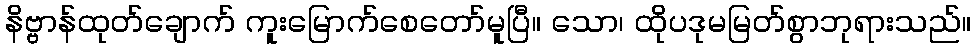
နိဗ္ဗာန်ထုတ်ချောက် ကူးမြောက်စေတော်မူပြီ။ သော၊ ထိုပဒုမမြတ်စွာဘုရားသည်။